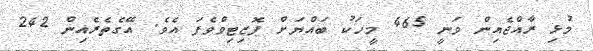
މުޅި ރާއްޖެއިން ވަނީ 465 މީހަކު ބައްޔަށް ޕޮޒިޓިވްވެފަ އެވެ. އޭގެތެރެއިން 242